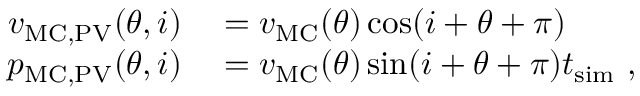
\begin{array} { r l } { v _ { \mathrm { M C , P V } } ( \theta , i ) } & { { } = v _ { \mathrm { M C } } ( \theta ) \cos ( i + \theta + \pi ) } \\ { p _ { \mathrm { M C , P V } } ( \theta , i ) } & { { } = v _ { \mathrm { M C } } ( \theta ) \sin ( i + \theta + \pi ) t _ { \mathrm { s i m } } \ , } \end{array}